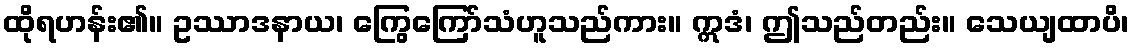
ထိုရဟန်း၏။ ဥဿာဒနာယ၊ ကြွေကြော်သံဟူသည်ကား။ ဣဒံ၊ ဤသည်တည်း။ သေယျထာပိ၊